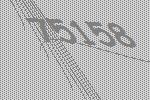
75158